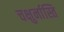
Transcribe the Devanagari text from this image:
चक्षुर्नास्ति